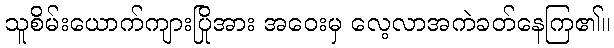
သူစိမ်းယောက်ကျားပြိုအား အဝေးမှ လေ့လာအကဲခတ်နေကြ၏။